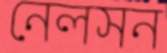
নেলসন